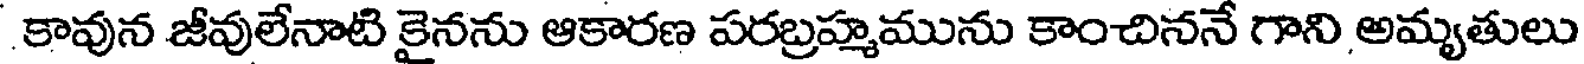
కావున జీవులేనాటి కైనను ఆకారణ పరబ్రహ్మమును కాంచిననే గాని అమృతులు